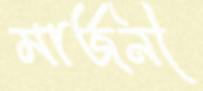
মার্জনী